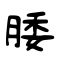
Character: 腇